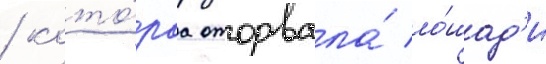
/ кото́раа оторвала́ ло́шад'и